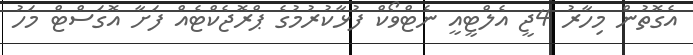
އެގޮތުން މިހާރު 4ޖީ އެލްޓީއީ ނެޓްވޯކް ފުޅާކުރުމުގެ ޕްރޮޖެކްޓެއް ފަށާ އޮގަސްޓް މަހު